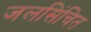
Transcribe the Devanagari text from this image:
जलसिंचित